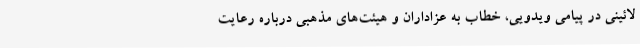
لائینی در پیامی ویدویی، خطاب به عزاداران و هیئت‌های مذهبی درباره رعایت